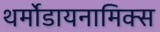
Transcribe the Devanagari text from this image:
थर्मोडायनामिक्‍स